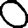
Digit: 0